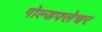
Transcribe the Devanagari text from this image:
गोल्डफ्लेचर